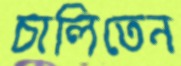
চালিতেন